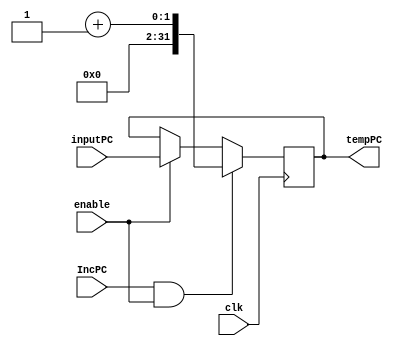
module IncPC #(parameter qInit = 0)(
	input clk, IncPC, enable,
	input [31:0] inputPC,
	output reg[31:0] tempPC
	);
	
initial tempPC = qInit;
	
always @ (posedge clk)
	begin
		if(IncPC == 1 && enable ==1)
			tempPC <= newPC + 1;
		else if (enable == 1)
			tempPC <= inputPC;
	end
				
endmodule